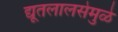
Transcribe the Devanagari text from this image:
द्यूतलालसेमुळे